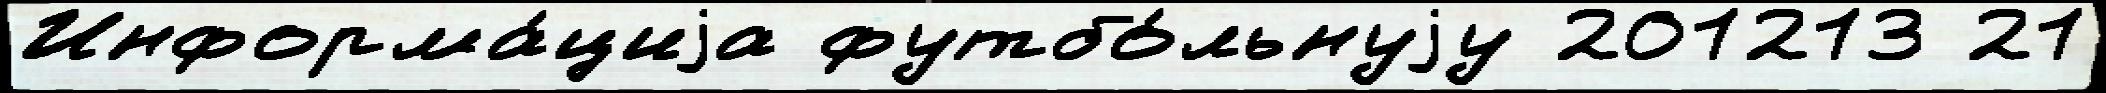
Информа́циjа футбо́льнуjу 201213 21